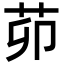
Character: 茆